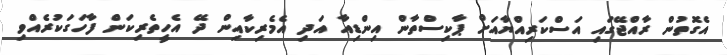
އެގޮތުން ރާއްޖޭގައި އަސްކަރިއްޔާއަށް ޕާކިސްތާން އިންޑިއާ އަދި އެމެރިކާއިން ދޭ އެހީތެރިކަން ފާހަގަކުރެއްވި